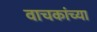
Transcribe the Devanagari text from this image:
वाचकांच्‍या